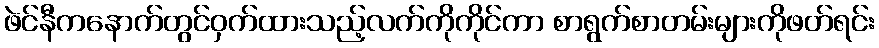
ဖဲင်နီကနောက်တွင်ဝှက်ထားသည့်လက်ကိုကိုင်ကာ စာရွက်စာတမ်းများကိုဖတ်ရင်း